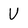
Character: v